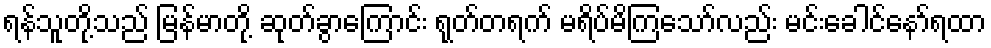
ရန်သူတို့သည် မြန်မာတို့ ဆုတ်ခွာကြောင်း ရုတ်တရက် မရိပ်မိကြသော်လည်း မင်းခေါင်နော်ရထာ